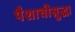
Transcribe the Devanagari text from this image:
पैशाचीसुद्धा